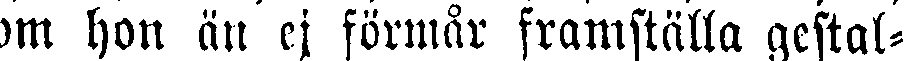
om hon än ej förmår framställa gestal-